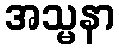
အသ္မနာ